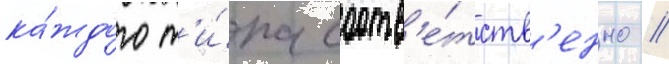
ка́ждого т'и́па соотв'е́тств'енно //